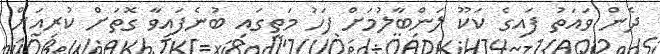
ދެން ވައަތު ފައިގެ ކަކޫ ލަންބާލުމަށް ފަހު މަތީގައި ބުނެފައިވާ ގޮތަށް ކުރިއަށް